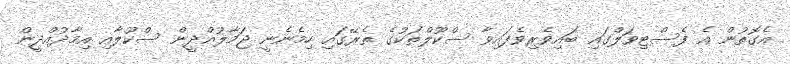
އެގޮތުން އެ ފެސްޓިވަލްގައި ބައިވެރިވެފައިވާ ސްކޫލްތަކުގެ ތެރޭގައި ހިމެނެނީ ޖަމާލުއްދީން ސްކޫލާއި އިމާދުއްދީން